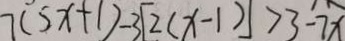
7 ( 5 x + 1 ) - 3 [ 2 ( x - 1 ) ] > 3 - 7 x